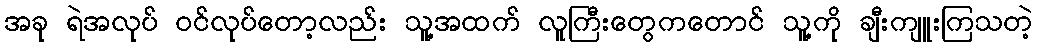
အခု ရဲအလုပ် ဝင်လုပ်တော့လည်း သူ့အထက် လူကြီးတွေကတောင် သူ့ကို ချီးကျူးကြသတဲ့